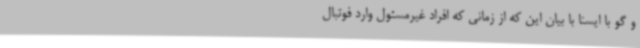
و گو با ایسنا با بیان این که از زمانی که افراد غیرمسئول وارد فوتبال